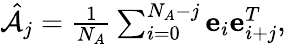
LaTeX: \begin{array}{r}{\hat{\mathcal{A}}_{j}=\frac{1}{N_{A}}\sum_{i=0}^{N_{A}-j}\mathbf{e}_{i}\mathbf{e}_{i+j}^{T},}\end{array}